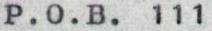
P.O.B. 111